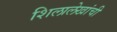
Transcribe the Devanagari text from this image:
शिलालेखांची